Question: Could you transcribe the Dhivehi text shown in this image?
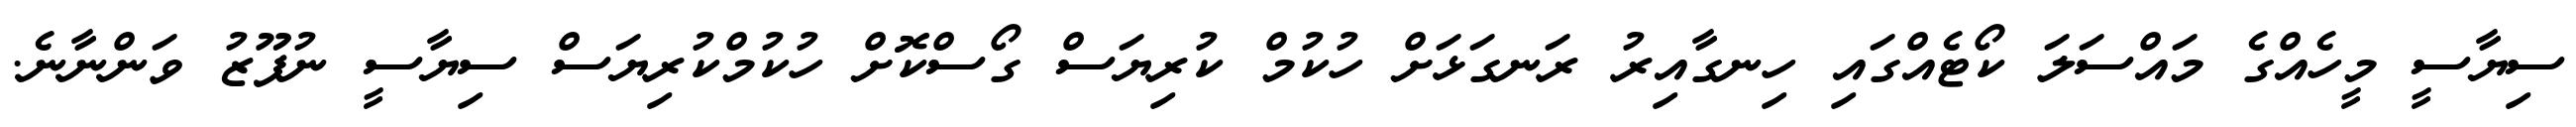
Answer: ސިޔާސީ މީހެއްގެ މައްސަލަ ކޯޓެއްގައި ހިނގާއިރު ރަނގަޅަށް ހުކުމް ކުރިޔަސް ގޯސްކޮށް ހުކުމްކުރިޔަސް ސިޔާސީ ނުފޫޒު ވަންނާނެ.